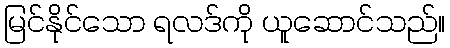
မြင်နိုင်သော ရလဒ်ကို ယူဆောင်သည်။